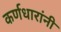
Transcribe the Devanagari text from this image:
कर्णधारांनी